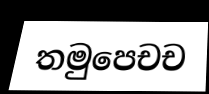
තමුපෙචච